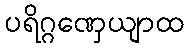
ပရိဂ္ဂဏှေယျာထ